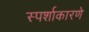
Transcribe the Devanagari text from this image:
स्पर्शाकारणे